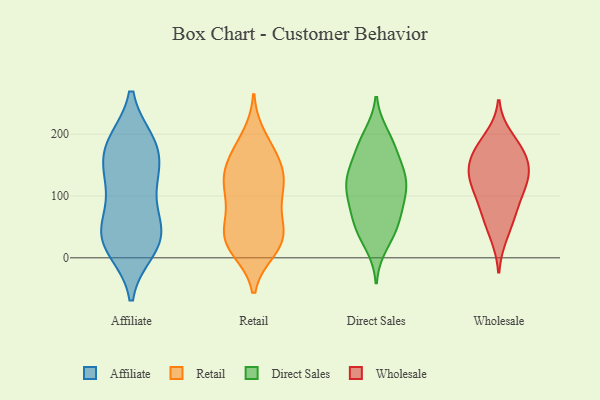
{"axis": {"x": "Conversion Rate (%)", "y": "Value"}, "legend": ["Affiliate", "Direct Sales", "Retail", "Wholesale"], "data": [{"x": "", "y": 45, "type": "Affiliate"}, {"x": "", "y": 106, "type": "Affiliate"}, {"x": "", "y": 50, "type": "Affiliate"}, {"x": "", "y": 20, "type": "Affiliate"}, {"x": "", "y": 129, "type": "Affiliate"}, {"x": "", "y": 140, "type": "Affiliate"}, {"x": "", "y": 182, "type": "Affiliate"}, {"x": "", "y": 21, "type": "Affiliate"}, {"x": "", "y": 186, "type": "Affiliate"}, {"x": "", "y": 62, "type": "Affiliate"}, {"x": "", "y": 14, "type": "Affiliate"}, {"x": "", "y": 36, "type": "Affiliate"}, {"x": "", "y": 183, "type": "Affiliate"}, {"x": "", "y": 185, "type": "Affiliate"}, {"x": "", "y": 139, "type": "Affiliate"}, {"x": "", "y": 34, "type": "Retail"}, {"x": "", "y": 131, "type": "Retail"}, {"x": "", "y": 28, "type": "Retail"}, {"x": "", "y": 115, "type": "Retail"}, {"x": "", "y": 166, "type": "Retail"}, {"x": "", "y": 152, "type": "Retail"}, {"x": "", "y": 117, "type": "Retail"}, {"x": "", "y": 116, "type": "Retail"}, {"x": "", "y": 61, "type": "Retail"}, {"x": "", "y": 145, "type": "Retail"}, {"x": "", "y": 26, "type": "Retail"}, {"x": "", "y": 195, "type": "Retail"}, {"x": "", "y": 16, "type": "Retail"}, {"x": "", "y": 109, "type": "Retail"}, {"x": "", "y": 13, "type": "Retail"}, {"x": "", "y": 30, "type": "Retail"}, {"x": "", "y": 176, "type": "Retail"}, {"x": "", "y": 58, "type": "Retail"}, {"x": "", "y": 76, "type": "Retail"}, {"x": "", "y": 92, "type": "Direct Sales"}, {"x": "", "y": 38, "type": "Direct Sales"}, {"x": "", "y": 55, "type": "Direct Sales"}, {"x": "", "y": 131, "type": "Direct Sales"}, {"x": "", "y": 55, "type": "Direct Sales"}, {"x": "", "y": 96, "type": "Direct Sales"}, {"x": "", "y": 51, "type": "Direct Sales"}, {"x": "", "y": 134, "type": "Direct Sales"}, {"x": "", "y": 138, "type": "Direct Sales"}, {"x": "", "y": 21, "type": "Direct Sales"}, {"x": "", "y": 128, "type": "Direct Sales"}, {"x": "", "y": 198, "type": "Direct Sales"}, {"x": "", "y": 176, "type": "Direct Sales"}, {"x": "", "y": 139, "type": "Direct Sales"}, {"x": "", "y": 98, "type": "Direct Sales"}, {"x": "", "y": 189, "type": "Direct Sales"}, {"x": "", "y": 180, "type": "Direct Sales"}, {"x": "", "y": 84, "type": "Direct Sales"}, {"x": "", "y": 117, "type": "Direct Sales"}, {"x": "", "y": 138, "type": "Wholesale"}, {"x": "", "y": 195, "type": "Wholesale"}, {"x": "", "y": 170, "type": "Wholesale"}, {"x": "", "y": 95, "type": "Wholesale"}, {"x": "", "y": 65, "type": "Wholesale"}, {"x": "", "y": 138, "type": "Wholesale"}, {"x": "", "y": 172, "type": "Wholesale"}, {"x": "", "y": 114, "type": "Wholesale"}, {"x": "", "y": 77, "type": "Wholesale"}, {"x": "", "y": 172, "type": "Wholesale"}, {"x": "", "y": 36, "type": "Wholesale"}, {"x": "", "y": 137, "type": "Wholesale"}, {"x": "", "y": 126, "type": "Wholesale"}]}